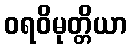
ဝရဝိမုတ္တိယာ